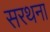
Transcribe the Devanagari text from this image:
सरथना